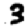
Digit: 3